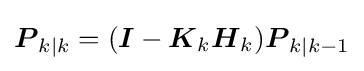
{\boldsymbol {P}}_{k|k}=({\boldsymbol {I}}-{\boldsymbol {K}}_{k}{{\boldsymbol {H}}_{k}}){\boldsymbol {P}}_{k|k-1}